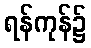
ရန်ကုန်၌